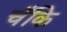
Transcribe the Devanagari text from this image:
चँकि